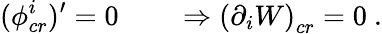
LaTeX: (\phi_{cr}^{i})^{\prime}=0\qquad\Rightarrow\left(\partial_{i}W\right)_{cr}=0\ .